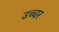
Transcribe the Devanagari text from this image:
उच्चर